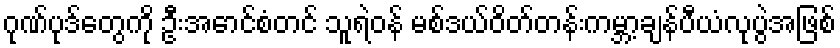
ဂုဏ်ပုဒ်တွေကို ဦးအောင်စံတင် သူရဲဝန် မစ်ဒယ်ဝိတ်တန်းကမ္ဘာ့ချန်ပီယံလုပွဲအဖြစ်